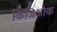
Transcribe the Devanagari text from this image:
किजिओक